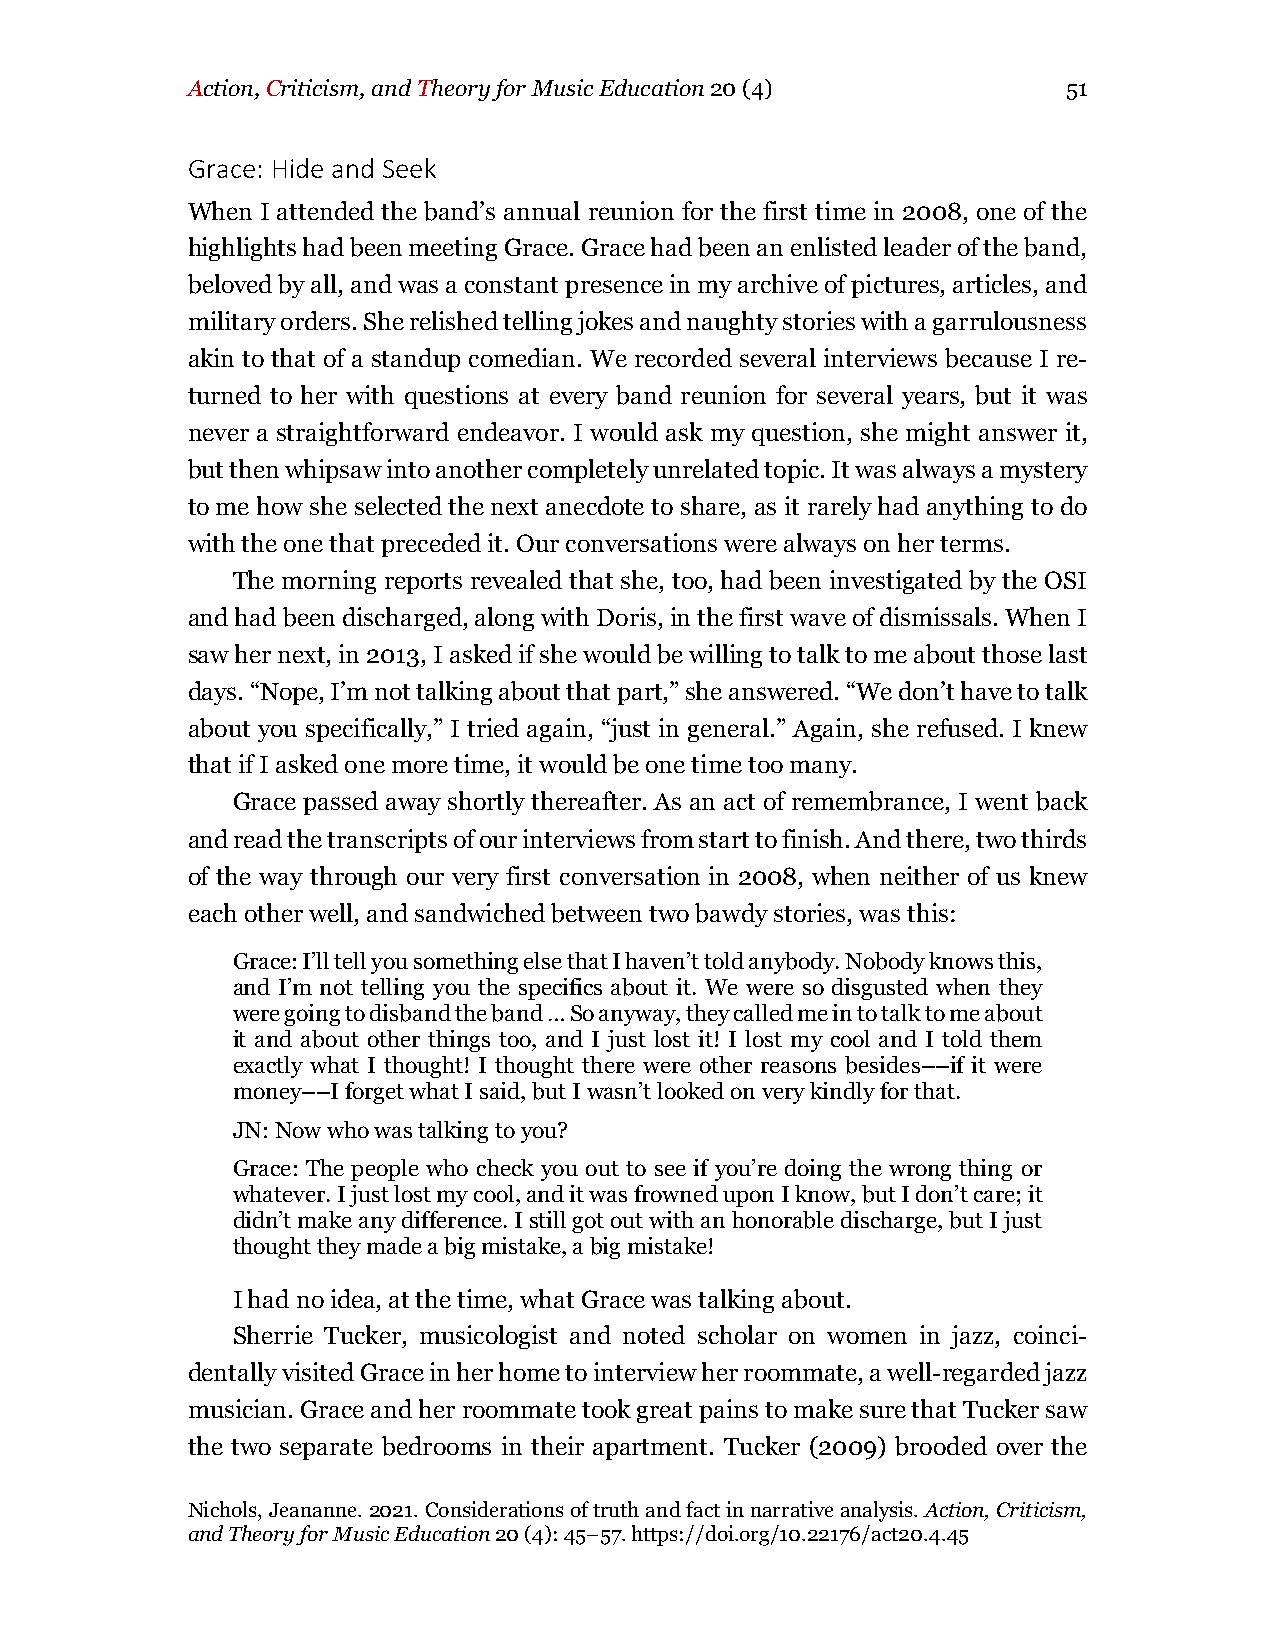
Action, Criticism, and Theory for Music Education 20 (4)   51
 Grace: Hide and Seek
 When I attended the band’s annual reunion for the first time in 2008, one of the
 highlights had been meeting Grace. Grace had been an enlisted leader of the band,
 beloved by all, and was a constant presence in my archive of pictures, articles, and
 military orders. She relished telling jokes and naughty stories with a garrulousness
 akin to that of a standup comedian. We recorded several interviews because I re-
 turned to her with questions at every band reunion for several years, but it was
 never a straightforward endeavor. I would ask my question, she might answer it,
 but then whipsaw into another completely unrelated topic. It was always a mystery
 to me how she selected the next anecdote to share, as it rarely had anything to do
 with the one that preceded it. Our conversations were always on her terms.
 The morning reports revealed that she, too, had been investigated by the OSI
 and had been discharged, along with Doris, in the first wave of dismissals. When I
 saw her next, in 2013, I asked if she would be willing to talk to me about those last
 days. “Nope, I’m not talking about that part,” she answered. “We don’t have to talk
 about you specifically,” I tried again, “just in general.” Again, she refused. I knew
 that if I asked one more time, it would be one time too many.
 Grace passed away shortly thereafter. As an act of remembrance, I went back
 and read the transcripts of our interviews from start to finish. And there, two thirds
 of the way through our very first conversation in 2008, when neither of us knew
 each other well, and sandwiched between two bawdy stories, was this:
 Grace: I’ll tell you something else that I haven’t told anybody. Nobody knows this,
 and I’m not telling you the specifics about it. We were so disgusted when they
 were going to disband the band … So anyway, they called me in to talk to me about
 it and about other things too, and I just lost it! I lost my cool and I told them
 exactly what I thought! I thought there were other reasons besides––if it were
 money––I forget what I said, but I wasn’t looked on very kindly for that.
 JN: Now who was talking to you?
 Grace: The people who check you out to see if you’re doing the wrong thing or
 whatever. I just lost my cool, and it was frowned upon I know, but I don’t care; it
 didn’t make any difference. I still got out with an honorable discharge, but I just
 thought they made a big mistake, a big mistake!
 I had no idea, at the time, what Grace was talking about.
 Sherrie Tucker, musicologist and noted scholar on women in jazz, coinci-
 dentally visited Grace in her home to interview her roommate, a well-regarded jazz
 musician. Grace and her roommate took great pains to make sure that Tucker saw
 the two separate bedrooms in their apartment. Tucker (2009) brooded over the
 Nichols, Jeananne. 2021. Considerations of truth and fact in narrative analysis. Action, Criticism,
 and Theory for Music Education 20 (4): 45–57. https://doi.org/10.22176/act20.4.45